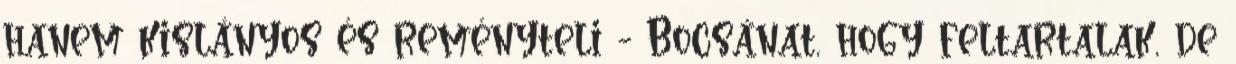
hanem kislányos és reményteli - Bocsánat, hogy feltartalak, de